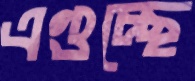
এগুচ্ছে